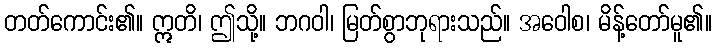
တတ်ကောင်း၏။ ဣတိ၊ ဤသို့။ ဘဂဝါ၊ မြတ်စွာဘုရားသည်။ အဝေါစ၊ မိန့်တော်မူ၏။